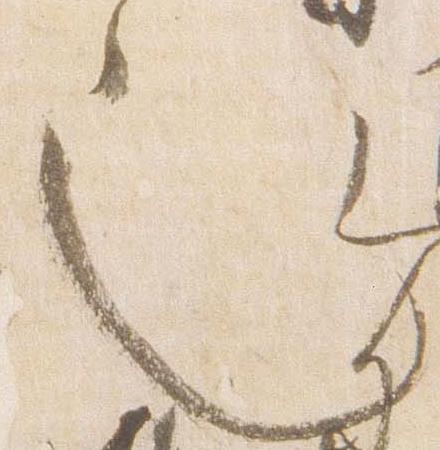
也